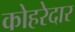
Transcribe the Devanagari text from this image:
कोहरेदार